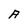
Character: A